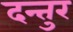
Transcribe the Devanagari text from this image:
दन्तुर